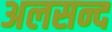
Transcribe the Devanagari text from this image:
अलसन्द